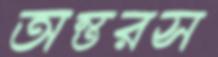
অন্তরস